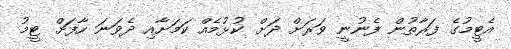
އެޓީމުގެ ފަރާތުން ފެނުނީ ވަރަށް ދަށް ކުޅުމެއް ކަމަށާއި ދެވަނަ ހާފަށް ޓީމު